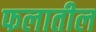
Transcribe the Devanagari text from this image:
फलातील